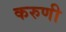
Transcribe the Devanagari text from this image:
करुणी